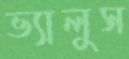
ভ্যালুস